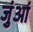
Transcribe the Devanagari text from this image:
जुंआं